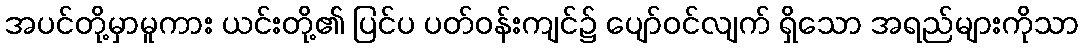
အပင်တို့မှာမူကား ယင်းတို့၏ ပြင်ပ ပတ်ဝန်းကျင်၌ ပျော်ဝင်လျက် ရှိသော အရည်များကိုသာ